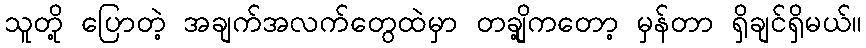
သူတို့ ပြောတဲ့ အချက်အလက်တွေထဲမှာ တချို့ကတော့ မှန်တာ ရှိချင်ရှိမယ်။